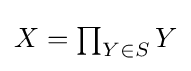
{\textstyle X=\prod _{Y\in S}Y}